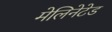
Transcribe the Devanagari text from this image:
मेलिनेटेड